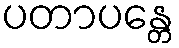
ပတာပန္တေ